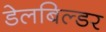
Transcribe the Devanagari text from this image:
डेलबिल्डर